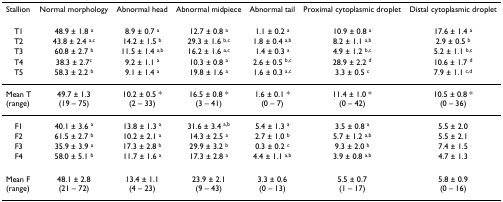
<table><thead><tr><td><b>Stallion</b></td><td><b>Normal morphology</b></td><td><b>Abnormal head</b></td><td><b>Abnormal midpiece</b></td><td><b>Abnormal tail</b></td><td><b>Proximal cytoplasmic droplet</b></td><td><b>Distal cytoplasmic droplet</b></td></tr></thead><tbody><tr><td>T1</td><td>48.9 ± 1.8 <sup>a</sup></td><td>8.9 ± 0.7 <sup>a</sup></td><td>12.7 ± 0.8 <sup>a</sup></td><td>1.1 ± 0.2 <sup>a</sup></td><td>10.9 ± 0.8 <sup>a</sup></td><td>17.6 ± 1.4 <sup>a</sup></td></tr><tr><td>T2</td><td>43.8 ± 2.4 <sup>a,c</sup></td><td>14.2 ± 1.5 <sup>b</sup></td><td>29.3 ± 1.6 <sup>b,c</sup></td><td>1.8 ± 0.4 <sup>a,b</sup></td><td>8.2 ± 1.1 <sup>a,b</sup></td><td>2.9 ± 0.5 <sup>b</sup></td></tr><tr><td>T3</td><td>60.8 ± 2.7 <sup>b</sup></td><td>11.5 ± 1.4 <sup>a,b</sup></td><td>16.2 ± 1.6 <sup>a,c</sup></td><td>1.4 ± 0.3 <sup>a</sup></td><td>4.9 ± 1.2 <sup>b,c</sup></td><td>5.2 ± 1.1 <sup>b,c</sup></td></tr><tr><td>T4</td><td>38.3 ± 2.7<sup>c</sup></td><td>9.2 ± 1.1 <sup>a</sup></td><td>10.3 ± 0.8 <sup>a</sup></td><td>2.6 ± 0.5 <sup>b,c</sup></td><td>28.9 ± 2.2 <sup>d</sup></td><td>10.6 ± 1.7 <sup>d</sup></td></tr><tr><td>T5</td><td>58.3 ± 2.2 <sup>b</sup></td><td>9.1 ± 1.4 <sup>a</sup></td><td>19.8 ± 1.6 <sup>a</sup></td><td>1.6 ± 0.3 <sup>a,c</sup></td><td>3.3 ± 0.5 <sup>c</sup></td><td>7.9 ± 1.1 <sup>c,d</sup></td></tr><tr><td>Mean T(range)</td><td>49.7 ± 1.3(19 – 75)</td><td>10.2 ± 0.5 *(2 – 33)</td><td>16.5 ± 0.8 *(3 – 41)</td><td>1.6 ± 0.1 *(0 – 7)</td><td>11.4 ± 1.0 *(0 – 42)</td><td>10.5 ± 0.8 *(0 – 36)</td></tr><tr><td>F1</td><td>40.1 ± 3.6 <sup>a</sup></td><td>13.8 ± 1.3 <sup>a</sup></td><td>31.6 ± 3.4 <sup>a,b</sup></td><td>5.4 ± 1.3 <sup>a</sup></td><td>3.5 ± 0.8 <sup>a</sup></td><td>5.5 ± 2.0</td></tr><tr><td>F2</td><td>61.5 ± 2.7 <sup>b</sup></td><td>10.2 ± 2.1 <sup>a</sup></td><td>14.3 ± 2.5 <sup>a</sup></td><td>2.7 ± 1.0 <sup>b</sup></td><td>5.7 ± 1.2 <sup>a,b</sup></td><td>5.5 ± 2.1</td></tr><tr><td>F3</td><td>35.9 ± 3.9 <sup>a</sup></td><td>17.3 ± 2.8 <sup>b</sup></td><td>29.9 ± 3.2 <sup>b</sup></td><td>0.3 ± 0.2 <sup>c</sup></td><td>9.3 ± 2.0 <sup>b</sup></td><td>7.4 ± 1.5</td></tr><tr><td>F4</td><td>58.0 ± 5.1 <sup>b</sup></td><td>11.7 ± 1.6 <sup>a</sup></td><td>17.3 ± 2.8 <sup>a</sup></td><td>4.4 ± 1.1 <sup>a,b</sup></td><td>3.9 ± 0.8 <sup>a,b</sup></td><td>4.7 ± 1.3</td></tr><tr><td>Mean F(range)</td><td>48.1 ± 2.8(21 – 72)</td><td>13.4 ± 1.1(4 – 23)</td><td>23.9 ± 2.1(9 – 43)</td><td>3.3 ± 0.6(0 – 13)</td><td>5.5 ± 0.7(1 – 17)</td><td>5.8 ± 0.9(0 – 16)</td></tr></tbody></table>